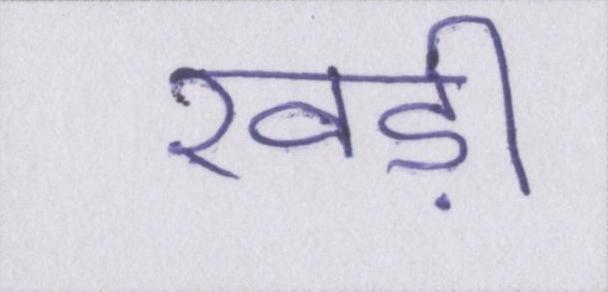
खड़ी